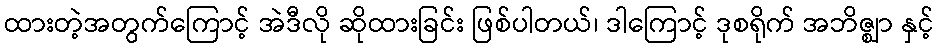
ထားတဲ့အတွက်ကြောင့် အဲဒီလို ဆိုထားခြင်း ဖြစ်ပါတယ်၊ ဒါကြောင့် ဒုစရိုက် အဘိဇ္ဈာ နှင့်